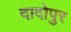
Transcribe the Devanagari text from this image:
दादोपुर